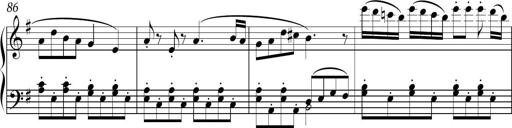
Title: Sonatina in E minor
Composer: Shuwen Zhang
Key: E minor